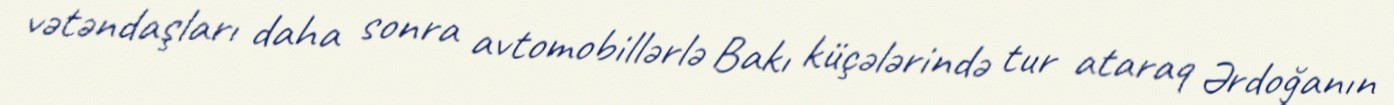
vətəndaşları daha sonra avtomobillərlə Bakı küçələrində tur ataraq Ərdoğanın